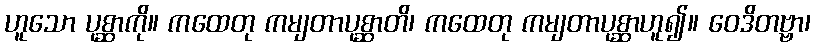
ဟူသော ပုစ္ဆာကို။ ကထေတု ကမျတာပုစ္ဆာတိ၊ ကထေတု ကမျတာပုစ္ဆာဟူ၍။ ဝေဒိတဗ္ဗာ၊